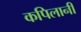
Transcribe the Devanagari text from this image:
कपिलानी